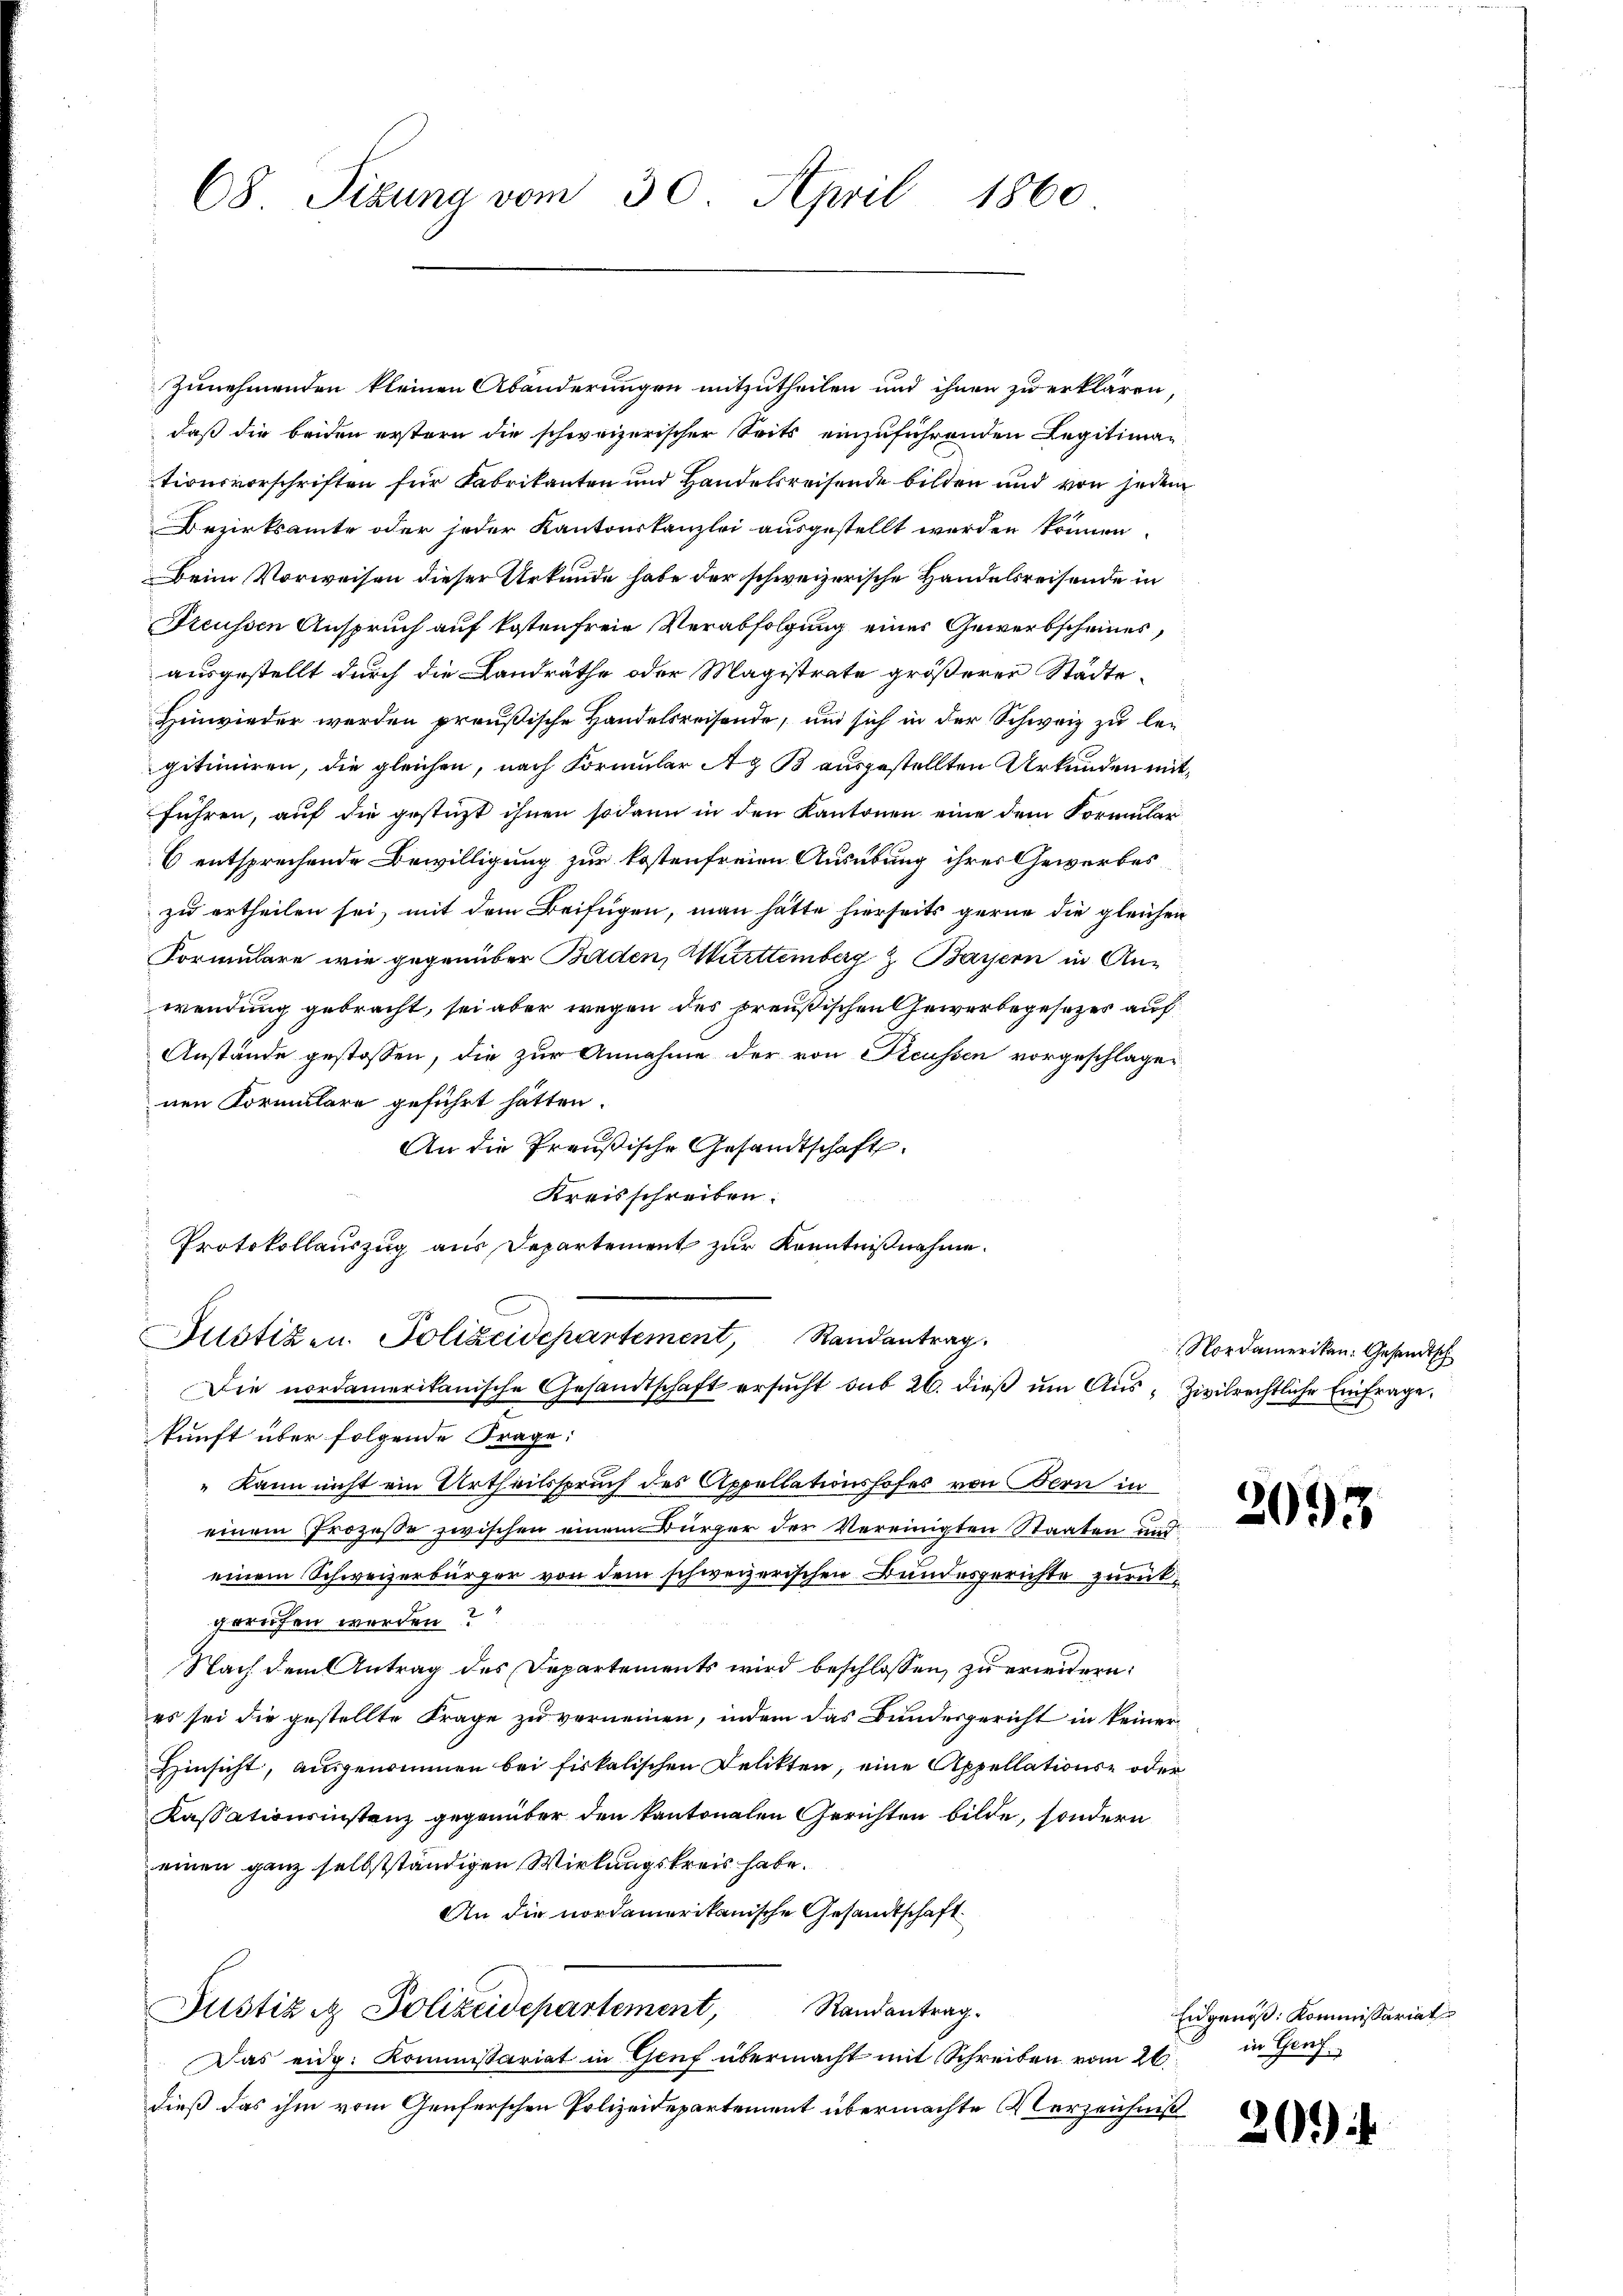
68 Sizung vom 30. April 1860

Zunehmenden kleinen Abänderungen mitzutheilen und ihnen zu erklären,
daß die beiden erstern die schweizerischer Seits einzuführenden Legitimationsvorschriften für Fabrikanten und Handelsreisende bilden und von jedem
Bezirksamte oder jeder Kantonskanzlei ausgestellt werden können.
Beim Vorweisen dieser Urkunde habe der schweizerische Handelsreisende in
Freussen Anspruch auf kostenfreie Verabfolgung eines Gewerbscheines,
ausgestellt durch die Landräthe oder Magistrate größerer Städte
Hinwieder werden preußische Handelsreisende, und sich in der Schweiz zu legitimiren, die gleichen, nach Formular Az B ausgestellten Urkunden mitführen, auf die gestüzt ihnen sodann in den Kantonen eine dem Formular
6 entsprechende Bewilligung zur kostenfreien Ausübung ihres Gewerbes
zu ertheilen sei, mit dem Beifügen, man hätte hierseits gerne die gleichen
Formulare wie gegenüber Baden, Württemberg & Bayern in An-
wendung gebracht, sei aber wegen des preußischen Gewerbegesetzer auf
Anstände gestossen, die zur Annahme der von Reussen vorgeschlagen
nen Kormulare geführt hätten.
An die Preußische Gesandtschaft
Kreisschreiben.
Protokollauszug aus Departement zur Kenntnißnahme.
Justizen. Polizeidepartement, Randantrag
Die nordamerikanische Gesandtschaft ersŭcht sub 26. dieβ ŭm Aŭs- Zivilrechtliche Einfrage.
kunft über folgende Frage:
„Kann nicht ein Urtheilsspruch des Appellationshofes von Bern in
einem Prozesse zwischen einem Bürger der Vereinigten Staaten und
einem Schweizerbürger von dem schweizerischen Bundesgerichte zurückgerufen werden?
Nach dem Antrag des Departements wird beschlossen, zu erwidern:
es sei die gestellte Frage zu vernennen, indem das Bundesgericht in keiner
Hinsicht, ausgenommen bei fiskalischen Delikten, eine Appellations- oder
Kassationsinstanz gegenüber den kantonalen Gerichten bilde, sondern
einen ganz selbstständigen Wirkungskreis habe.
An die nordamerikanische Gesandtschaft
Justiz & Polizeidepartement, Randantrag.
Das eidg. Kommissariat in Genf übermacht mit Schreiben vom 26.
dieß das ihm vom Genferschen Polizeidepartement übermachte Verzeichniß

Nordamerikan: Gesandtsch

2093

Eidgenöß: Kommissariat
in Genf.

209